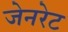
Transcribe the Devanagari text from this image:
जेनरेट